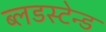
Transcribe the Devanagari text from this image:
ब्लडस्टेन्ड